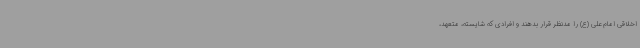
اخلاقی امام علی (ع) را مدنظر قرار بدهند و افرادی که شایسته، متعهد،